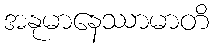
အနုမာနေဿာမာတိ